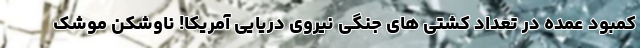
کمبود عمده در تعداد کشتی های جنگی نیروی دریایی آمریکا! ناوشکن موشک